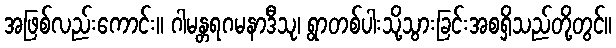
အဖြစ်လည်းကောင်း။ ဂါမန္တရဂမနာဒီသု၊ ရွာတစ်ပါးသို့သွားခြင်းအစရှိသည်တို့တွင်။